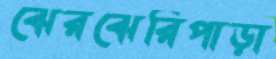
ঝেরঝেরিপাড়া